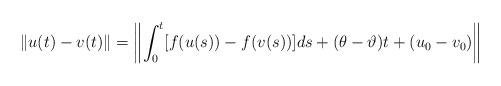
LaTeX: \begin{align*}\|u(t)-v(t)\|=\left\|\int_{0}^{t}[f(u(s))-f(v(s))]ds+(\theta-\vartheta)t+(u_0-v_0)\right\|\end{align*}